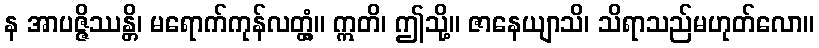
န အာပဇ္ဇိဿန္တိ၊ မရောက်ကုန်လတ္တံ့။ ဣတိ၊ ဤသို့။ ဇာနေယျာသိ၊ သိရာသည်မဟုတ်လော။